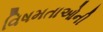
વિષમતાઓની